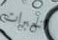
الخبرات